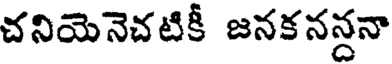
చనియెనెచటికీ జనకనన్దనా